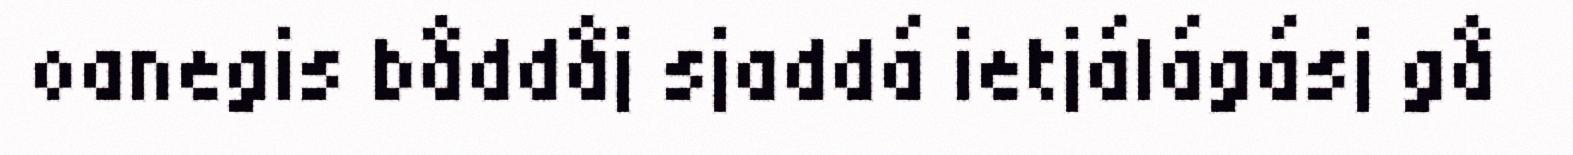
oanegis båddåj sjaddá ietjálágásj gå